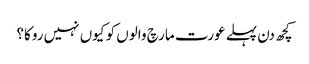
کچھ دن پہلے عورت مارچ والوں کو کیوں نہیں روکا؟